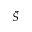
\bar { S }